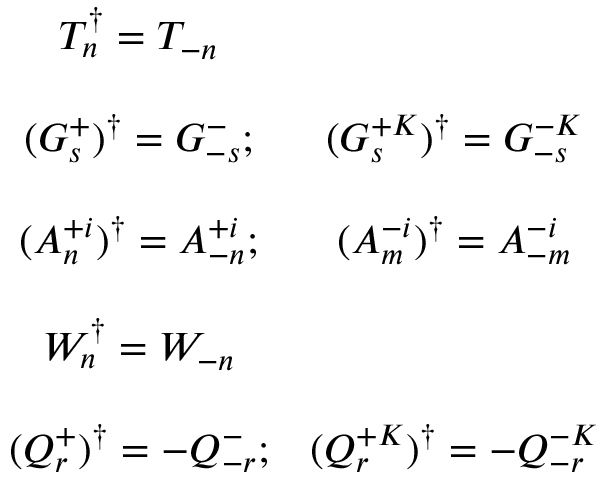
\begin{array} { c c } { { T _ { n } ^ { \dagger } = T _ { - n } } } & { { } } \\ { { \ } } & { { \ } } \\ { { ( G _ { s } ^ { + } ) ^ { \dagger } = G _ { - s } ^ { - } ; } } & { { ( G _ { s } ^ { + K } ) ^ { \dagger } = G _ { - s } ^ { - K } } } \\ { { \ } } & { { \ } } \\ { { ( A _ { n } ^ { + i } ) ^ { \dagger } = A _ { - n } ^ { + i } ; } } & { { ( A _ { m } ^ { - i } ) ^ { \dagger } = A _ { - m } ^ { - i } } } \\ { { \ } } & { { \ } } \\ { { W _ { n } ^ { \dagger } = W _ { - n } } } & { { } } \\ { { \ } } & { { \ } } \\ { { ( Q _ { r } ^ { + } ) ^ { \dagger } = - Q _ { - r } ^ { - } ; } } & { { ( Q _ { r } ^ { + K } ) ^ { \dagger } = - Q _ { - r } ^ { - K } } } \end{array}